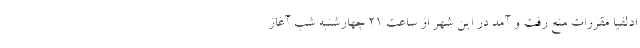
ادلفیا مقررات منع رفت و آمد در این شهر از ساعت ۲۱ چهارشنبه شب آغاز